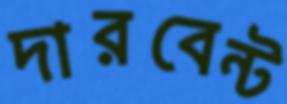
দারবেন্ট